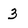
Character: 3